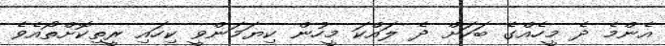
އެންމެ ދެ މީހެއްގެ ބަހަށް ދެ ލައްކަ މީހުން ކިޔަމަންވީ ކިހައި ރީތިކޮށްތޯއެވެ